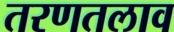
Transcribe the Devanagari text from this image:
तरणतलाव